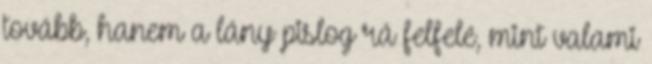
tovább, hanem a lány pislog rá felfelé, mint valami